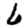
Digit: 6